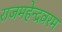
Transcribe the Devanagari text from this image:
राजमहेन्द्रवरम